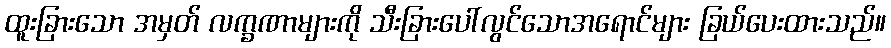
ထူးခြားသော အမှတ် လက္ခဏာများကို သီးခြားပေါ်လွင်သောအရောင်များ ခြယ်ပေးထားသည်။